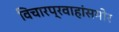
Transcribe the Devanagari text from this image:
विचारप्रवाहांसमोर